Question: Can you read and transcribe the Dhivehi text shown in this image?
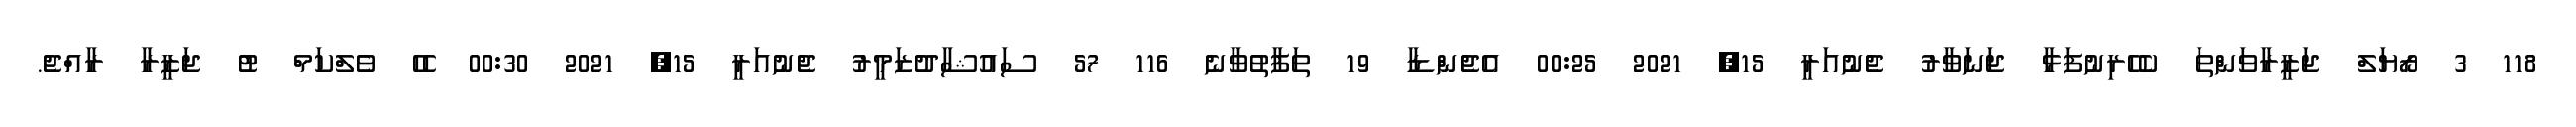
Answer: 118 3 ރޯޔަލް ޖަޒީރާވަންތަ ކެހެރިނުފަޅާ ޖަނަވާރު ޖެނުއަރީ 15, 2021 00:25 އެޖެންޑާ 19 ތަފާތުވާނެ 116 57 ސައުޝާދުޒަމީރު ޖެނުއަރީ 15, 2021 00:30 ހެހެ ވެލްކަމް ޓު ޖަޒީރާ ރާއްޖެ.